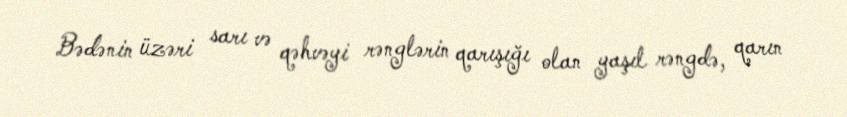
Bədənin üzəri sarı və qəhvəyi rənglərin qarışığı olan yaşıl rəngdə, qarın